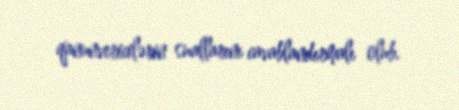
qanunvericilərin suallarını cavablandırmalı olub.